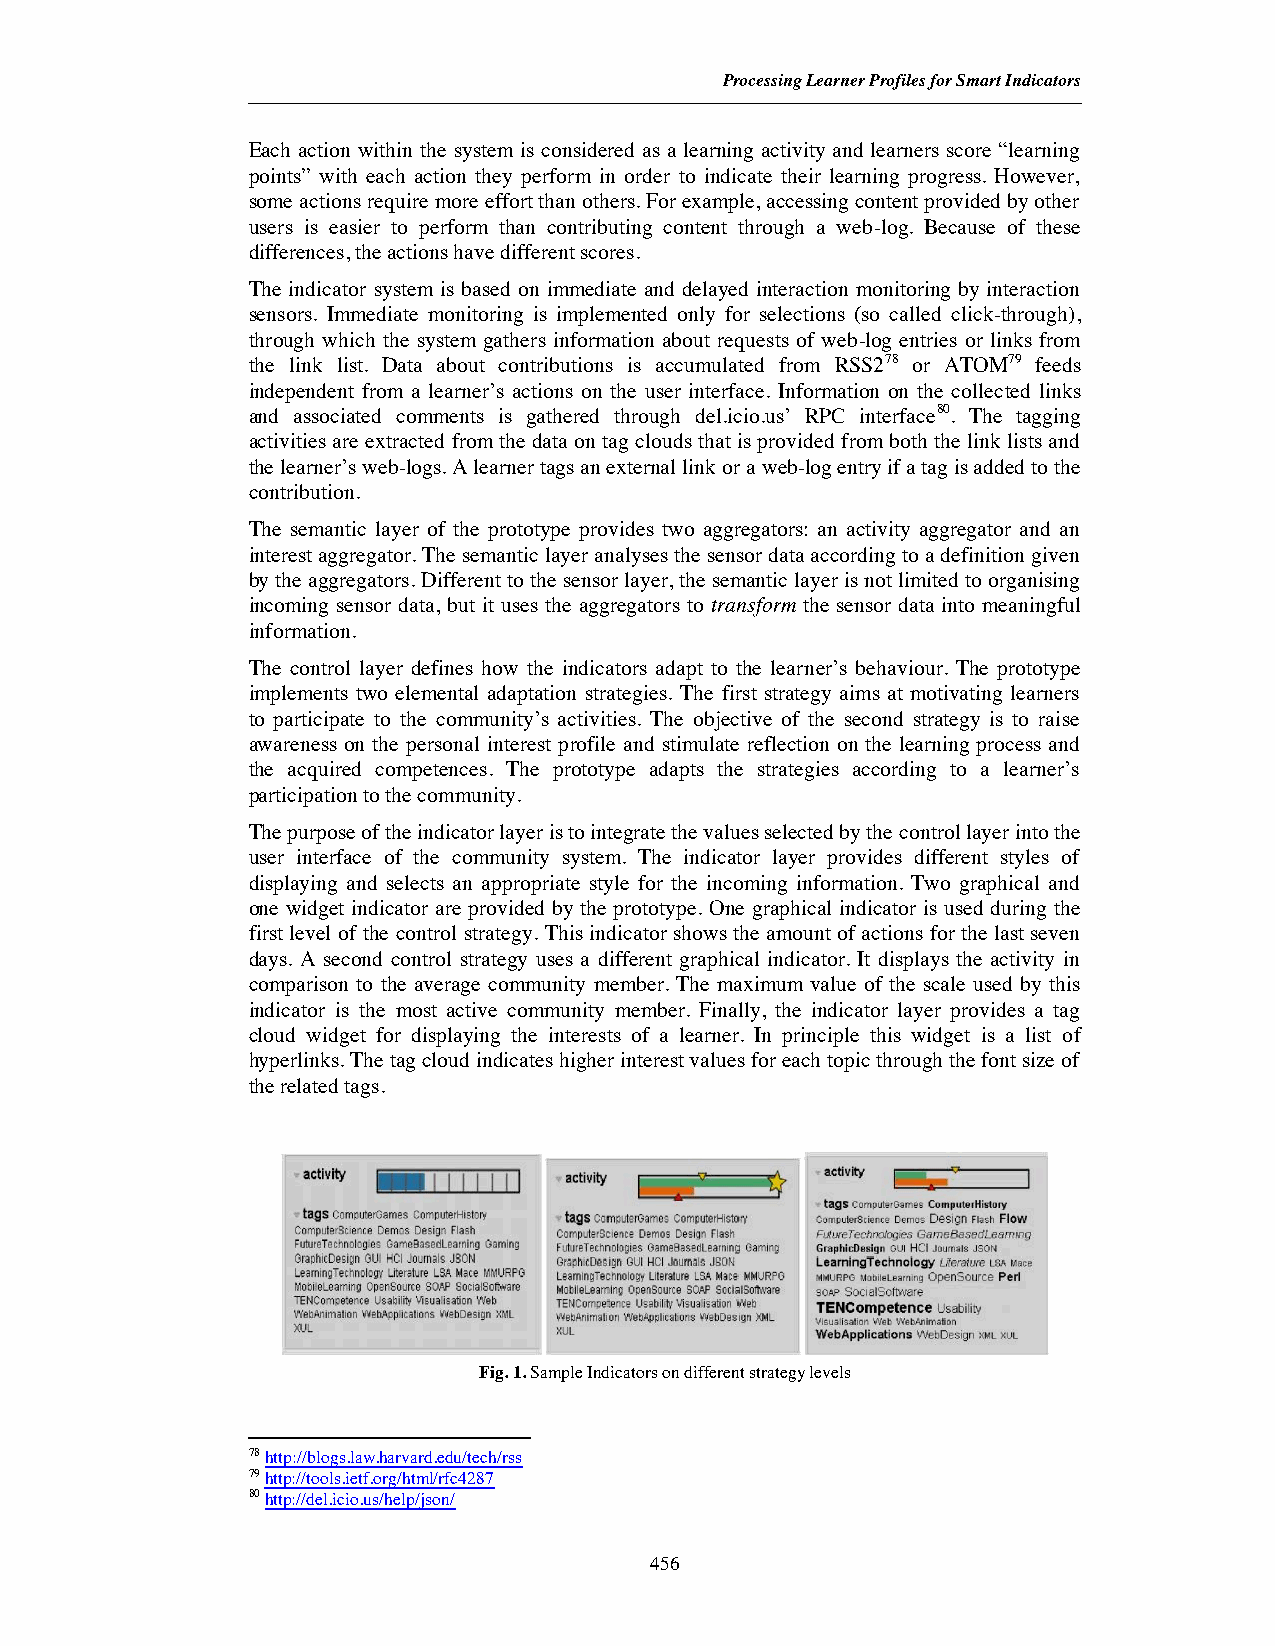
Processing Learner Profiles for Smart Indicators
 Each action within the system is considered as a learning activity and learners score “learning
 points” with each action they perform in order to indicate their learning progress. However,
 some actions require more effort than others. For example, accessing content provided by other
 users is easier to perform than contributing content through a web-log. Because of these
 differences, the actions have different scores.
 The indicator system is based on immediate and delayed interaction monitoring by interaction
 sensors. Immediate monitoring is implemented only for selections (so called click-through),
 through which the system gathers information about requests of web-log entries or links from
 the link list. Data about contributions is accumulated from RSS278 or ATOM79 feeds
 independent from a learner’s actions on the user interface. Information on the collected links
 and associated comments is gathered through del.icio.us’ RPC interface80. The tagging
 activities are extracted from the data on tag clouds that is provided from both the link lists and
 the learner’s web-logs. A learner tags an external link or a web-log entry if a tag is added to the
 contribution.
 The semantic layer of the prototype provides two aggregators: an activity aggregator and an
 interest aggregator. The semantic layer analyses the sensor data according to a definition given
 by the aggregators. Different to the sensor layer, the semantic layer is not limited to organising
 incoming sensor data, but it uses the aggregators to transform the sensor data into meaningful
 information.
 The control layer defines how the indicators adapt to the learner’s behaviour. The prototype
 implements two elemental adaptation strategies. The first strategy aims at motivating learners
 to participate to the community’s activities. The objective of the second strategy is to raise
 awareness on the personal interest profile and stimulate reflection on the learning process and
 the acquired competences. The prototype adapts the strategies according to a learner’s
 participation to the community.
 The purpose of the indicator layer is to integrate the values selected by the control layer into the
 user interface of the community system. The indicator layer provides different styles of
 displaying and selects an appropriate style for the incoming information. Two graphical and
 one widget indicator are provided by the prototype. One graphical indicator is used during the
 first level of the control strategy. This indicator shows the amount of actions for the last seven
 days. A second control strategy uses a different graphical indicator. It displays the activity in
 comparison to the average community member. The maximum value of the scale used by this
 indicator is the most active community member. Finally, the indicator layer provides a tag
 cloud widget for displaying the interests of a learner. In principle this widget is a list of
 hyperlinks. The tag cloud indicates higher interest values for each topic through the font size of
 the related tags.
 Fig. 1. Sample Indicators on different strategy levels
 78http://blogs.law.harvard.edu/tech/rss
 79http://tools.ietf.org/html/rfc4287
 80http://del.icio.us/help/json/
 456